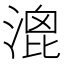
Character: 𣹮